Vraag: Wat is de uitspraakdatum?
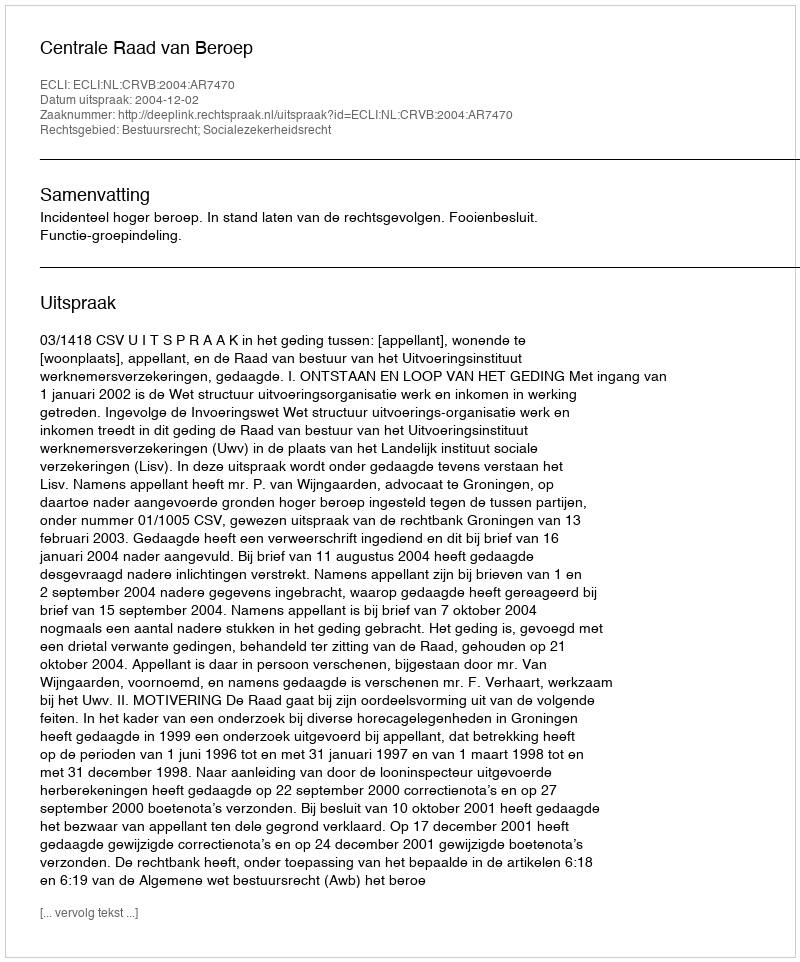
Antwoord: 2004-12-02